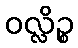
ဝလ္လိဉ္စ